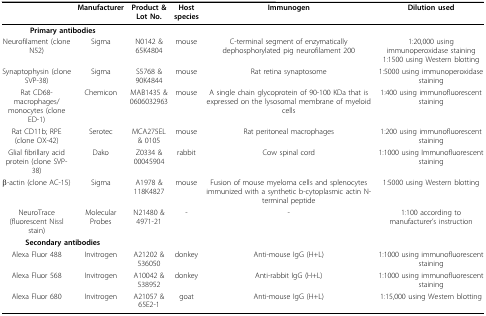
|  | Manufacturer | Product & Lot No. | Host species | Immunogen | Dilution used |
 | --- | --- | --- | --- | --- | --- |
 | <COLSPAN=2> Primary antibodies |  |  |  |  |
 | Neurofilament (clone N52) | Sigma | N0142 & 65K4804 | mouse | C-terminal segment of enzymatically dephosphorylated pig neurofilament 200 | 1:20,000 using immunoperoxidase staining 1:1500 using Western blotting |
 | Synaptophysin (clone SVP-38) | Sigma | S5768 & 90K4844 | mouse | Rat retina synaptosome | 1:5000 using immunoperoxidase staining |
 | Rat CD68- macrophages/monocytes (clone ED-1) | Chemicon | MAB1435 & 0606032963 | mouse | A single chain glycoprotein of 90-100 KDa that is expressed on the lysosomal membrane of myeloid cells | 1:400 using immunofluorescent staining |
 | Rat CD11b; RPE (clone OX-42) | Serotec | MCA275EL & 0105 | mouse | Rat peritoneal macrophages | 1:200 using immunofluorescent staining |
 | Glial fibrillary acid protein (clone SVP-38) | Dako | Z0334 & 00045904 | rabbit | Cow spinal cord | 1:1000 using Immunofluorescent staining |
 | β-actin (clone AC-15) | Sigma | A1978 & 118K4827 | mouse | Fusion of mouse myeloma cells and splenocytes immunized with a synthetic b-cytoplasmic actin N-terminal peptide | 1:5000 using Western blotting |
 | NeuroTrace (fluorescent Nissl stain) | Molecular Probes | N21480 & 4971-21 | - | - | 1:100 according to manufacturer's instruction |
 | <COLSPAN=2> Secondary antibodies |  |  |  |  |
 | Alexa Fluor 488 | Invitrogen | A21202 & 536050 | donkey | Anti-mouse IgG (H+L) | 1:1000 using immunofluorescent staining |
 | Alexa Fluor 568 | Invitrogen | A10042 & 538952 | donkey | Anti-rabbit IgG (H+L) | 1:1000 using immunofluorescent staining |
 | Alexa Fluor 680 | Invitrogen | A21057 & 65E2-1 | goat | Anti-mouse IgG (H+L) | 1:15,000 using Western blotting |